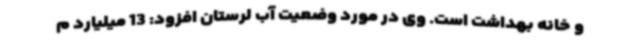
و خانه بهداشت است. وی در مورد وضعیت آب لرستان افزود: 13 میلیارد م